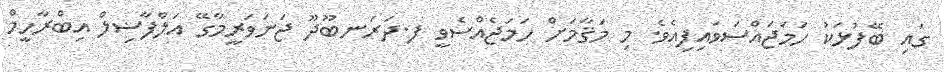
ގައި ބޭފުޅަކު ހަމަޖައްސަވައިފިއެވެ. މި މަޤާމަށް ހަމަޖެއްސެވީ ފ.ދަރަނބޫދޫ ޖަނަވަރީމާގޭ އަލްފާޟިލް އިބްރާހީމް